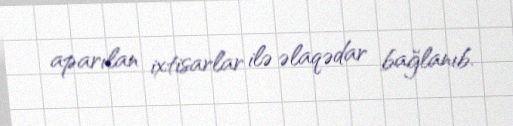
aparılan ixtisarlar ilə əlaqədar bağlanıb.